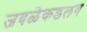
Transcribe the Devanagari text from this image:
जवळेकडलग